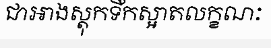
ជាអាងស្តុកទឹកស្អាតលក្ខណៈ